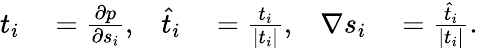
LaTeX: \begin{array}{rlrlrl}{t_{i}}&{{}=\frac{\partial p}{\partial s_{i}},}&{\widehat{t}_{i}}&{{}=\frac{t_{i}}{|t_{i}|},}&{\nabla s_{i}}&{{}=\frac{\widehat{t}_{i}}{|t_{i}|}.}\end{array}